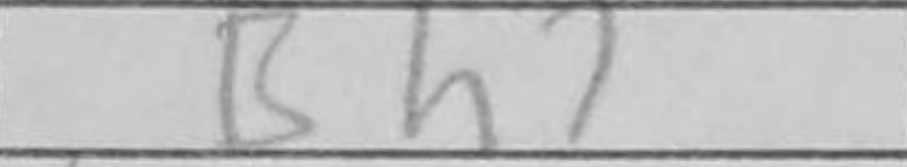
Transcription: Bh7